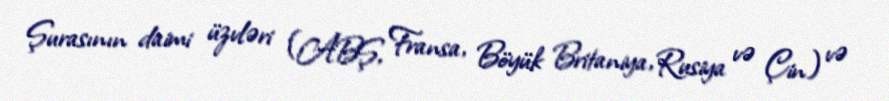
Şurasının daimi üzvləri (ABŞ, Fransa, Böyük Britaniya, Rusiya və Çin) və